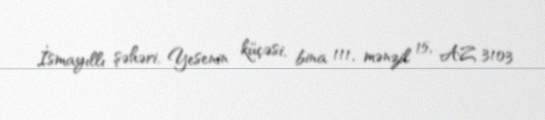
İsmayıllı şəhəri, Yesenin küçəsi, bina 111, mənzil 15, AZ 3103